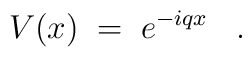
V(x) \;=\;  e^{-iqx} \;\;\; .